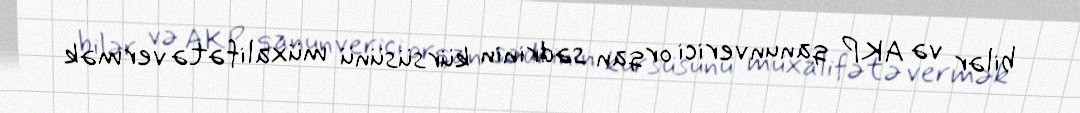
bilər və AKP qanunverici orqan sədrinin kürsüsünü müxalifətə vermək